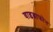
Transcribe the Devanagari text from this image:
वाइब्राफोन